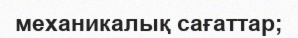
механикалық сағаттар;